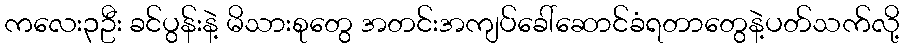
ကလေး၃ဦး ခင်ပွန်းနဲ့ မိသားစုတွေ အတင်းအကျပ်ခေါ်ဆောင်ခံရတာတွေနဲ့ပတ်သက်လို့